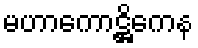
မဟာကောဋ္ဌိကေန